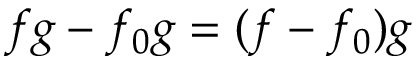
f g - f _ { 0 } g = ( f - f _ { 0 } ) g